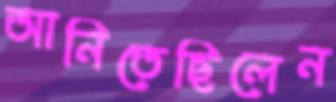
আনিতেছিলেন